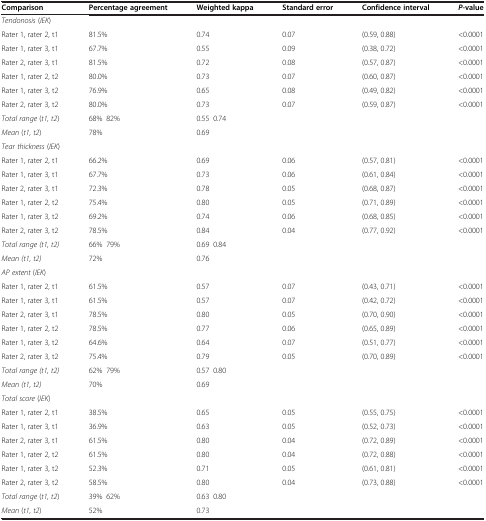
<table><thead><tr><td><b>Comparison</b></td><td><b>Percentage agreement</b></td><td><b>Weighted kappa</b></td><td><b>Standard error</b></td><td><b>Confidence interval</b></td><td><b><i>P</i>-value</b></td></tr></thead><tbody><tr><td><i>Tendonosis</i> (<i>IEK</i>)</td><td></td><td></td><td></td><td></td><td></td></tr><tr><td>Rater 1, rater 2, t1</td><td>81.5%</td><td>0.74</td><td>0.07</td><td>(0.59, 0.88)</td><td>&lt;0.0001</td></tr><tr><td>Rater 1, rater 3, t1</td><td>67.7%</td><td>0.55</td><td>0.09</td><td>(0.38, 0.72)</td><td>&lt;0.0001</td></tr><tr><td>Rater 2, rater 3, t1</td><td>81.5%</td><td>0.72</td><td>0.08</td><td>(0.57, 0.87)</td><td>&lt;0.0001</td></tr><tr><td>Rater 1, rater 2, t2</td><td>80.0%</td><td>0.73</td><td>0.07</td><td>(0.60, 0.87)</td><td>&lt;0.0001</td></tr><tr><td>Rater 1, rater 3, t2</td><td>76.9%</td><td>0.65</td><td>0.08</td><td>(0.49, 0.82)</td><td>&lt;0.0001</td></tr><tr><td>Rater 2, rater 3, t2</td><td>80.0%</td><td>0.73</td><td>0.07</td><td>(0.59, 0.87)</td><td>&lt;0.0001</td></tr><tr><td><i>Total range</i> (<i>t1, t2</i>)</td><td>68%–82%</td><td>0.55–0.74</td><td></td><td></td><td></td></tr><tr><td><i>Mean</i> (<i>t1, t2</i>)</td><td>78%</td><td>0.69</td><td></td><td></td><td></td></tr><tr><td><i>Tear thickness</i> (<i>IEK</i>)</td><td></td><td></td><td></td><td></td><td></td></tr><tr><td>Rater 1, rater 2, t1</td><td>66.2%</td><td>0.69</td><td>0.06</td><td>(0.57, 0.81)</td><td>&lt;0.0001</td></tr><tr><td>Rater 1, rater 3, t1</td><td>67.7%</td><td>0.73</td><td>0.06</td><td>(0.61, 0.84)</td><td>&lt;0.0001</td></tr><tr><td>Rater 2, rater 3, t1</td><td>72.3%</td><td>0.78</td><td>0.05</td><td>(0.68, 0.87)</td><td>&lt;0.0001</td></tr><tr><td>Rater 1, rater 2, t2</td><td>75.4%</td><td>0.80</td><td>0.05</td><td>(0.71, 0.89)</td><td>&lt;0.0001</td></tr><tr><td>Rater 1, rater 3, t2</td><td>69.2%</td><td>0.74</td><td>0.06</td><td>(0.68, 0.85)</td><td>&lt;0.0001</td></tr><tr><td>Rater 2, rater 3, t2</td><td>78.5%</td><td>0.84</td><td>0.04</td><td>(0.77, 0.92)</td><td>&lt;0.0001</td></tr><tr><td><i>Total range (t1, t2)</i></td><td>66%–79%</td><td>0.69–0.84</td><td></td><td></td><td></td></tr><tr><td><i>Mean (t1, t2)</i></td><td>72%</td><td>0.76</td><td></td><td></td><td></td></tr><tr><td><i>AP extent</i> (<i>IEK</i>)</td><td></td><td></td><td></td><td></td><td></td></tr><tr><td>Rater 1, rater 2, t1</td><td>61.5%</td><td>0.57</td><td>0.07</td><td>(0.43, 0.71)</td><td>&lt;0.0001</td></tr><tr><td>Rater 1, rater 3, t1</td><td>61.5%</td><td>0.57</td><td>0.07</td><td>(0.42, 0.72)</td><td>&lt;0.0001</td></tr><tr><td>Rater 2, rater 3, t1</td><td>78.5%</td><td>0.80</td><td>0.05</td><td>(0.70, 0.90)</td><td>&lt;0.0001</td></tr><tr><td>Rater 1, rater 2, t2</td><td>78.5%</td><td>0.77</td><td>0.06</td><td>(0.65, 0.89)</td><td>&lt;0.0001</td></tr><tr><td>Rater 1, rater 3, t2</td><td>64.6%</td><td>0.64</td><td>0.07</td><td>(0.51, 0.77)</td><td>&lt;0.0001</td></tr><tr><td>Rater 2, rater 3, t2</td><td>75.4%</td><td>0.79</td><td>0.05</td><td>(0.70, 0.89)</td><td>&lt;0.0001</td></tr><tr><td><i>Total range (t1, t2)</i></td><td>62%–79%</td><td>0.57–0.80</td><td></td><td></td><td></td></tr><tr><td><i>Mean (t1, t2)</i></td><td>70%</td><td>0.69</td><td></td><td></td><td></td></tr><tr><td><i>Total score</i> (<i>IEK</i>)</td><td></td><td></td><td></td><td></td><td></td></tr><tr><td>Rater 1, rater 2, t1</td><td>38.5%</td><td>0.65</td><td>0.05</td><td>(0.55, 0.75)</td><td>&lt;0.0001</td></tr><tr><td>Rater 1, rater 3, t1</td><td>36.9%</td><td>0.63</td><td>0.05</td><td>(0.52, 0.73)</td><td>&lt;0.0001</td></tr><tr><td>Rater 2, rater 3, t1</td><td>61.5%</td><td>0.80</td><td>0.04</td><td>(0.72, 0.89)</td><td>&lt;0.0001</td></tr><tr><td>Rater 1, rater 2, t2</td><td>61.5%</td><td>0.80</td><td>0.04</td><td>(0.72, 0.88)</td><td>&lt;0.0001</td></tr><tr><td>Rater 1, rater 3, t2</td><td>52.3%</td><td>0.71</td><td>0.05</td><td>(0.61, 0.81)</td><td>&lt;0.0001</td></tr><tr><td>Rater 2, rater 3, t2</td><td>58.5%</td><td>0.80</td><td>0.04</td><td>(0.73, 0.88)</td><td>&lt;0.0001</td></tr><tr><td><i>Total range</i> (<i>t1, t2</i>)</td><td>39%–62%</td><td>0.63–0.80</td><td></td><td></td><td></td></tr><tr><td><i>Mean</i> (<i>t1, t2</i>)</td><td>52%</td><td>0.73</td><td></td><td></td><td></td></tr></tbody></table>